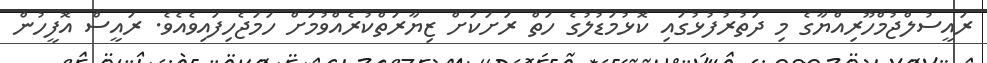
ރައީސުލްޖުމްހޫރިއްޔާގެ މި ދަތުރުފުޅުގައި ކޮޅުމަޑުލުގެ ހަތް ރަށަކަށް ޒިޔާރަތްކުރެއްވުމަށް ހަމަޖެހިފައިވެއެވެ. ރައީސް އޮފީހުން